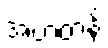
အဲဗာတန်